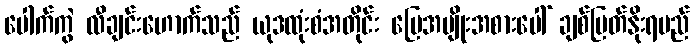
ပေါက်ကွဲ လီချင်းဟောက်သည် ယုဒထုံးစံအတိုင်း မြေအမျိုးအစားပေါ် ချစ်မြတ်နိုးရမည်